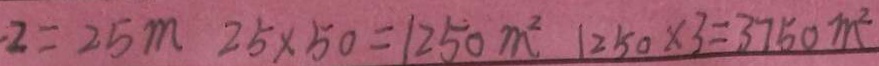
2 = 2 5 m 2 5 \times 5 0 = 1 2 5 0 m ^ { 2 } 1 2 5 0 \times 3 = 3 7 5 0 m ^ { 2 }